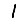
Digit: 1